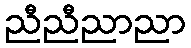
ညီညီညာညာ